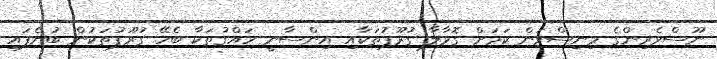
ނޫސްވެރިންގެ މިނިސްވަން ކަމަށް ގޮވާލާ ގުރޫޕުތަކާއި އިންސާނީ ހައްގުތަކާ ބެހޭ ގުރޫޕުތަކުން ބުނެފައި